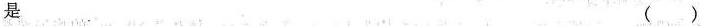
是 ( )